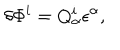
\delta \Phi ^ { i } = Q _ { \alpha } ^ { i } \epsilon ^ { \alpha } ,